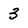
Character: 3